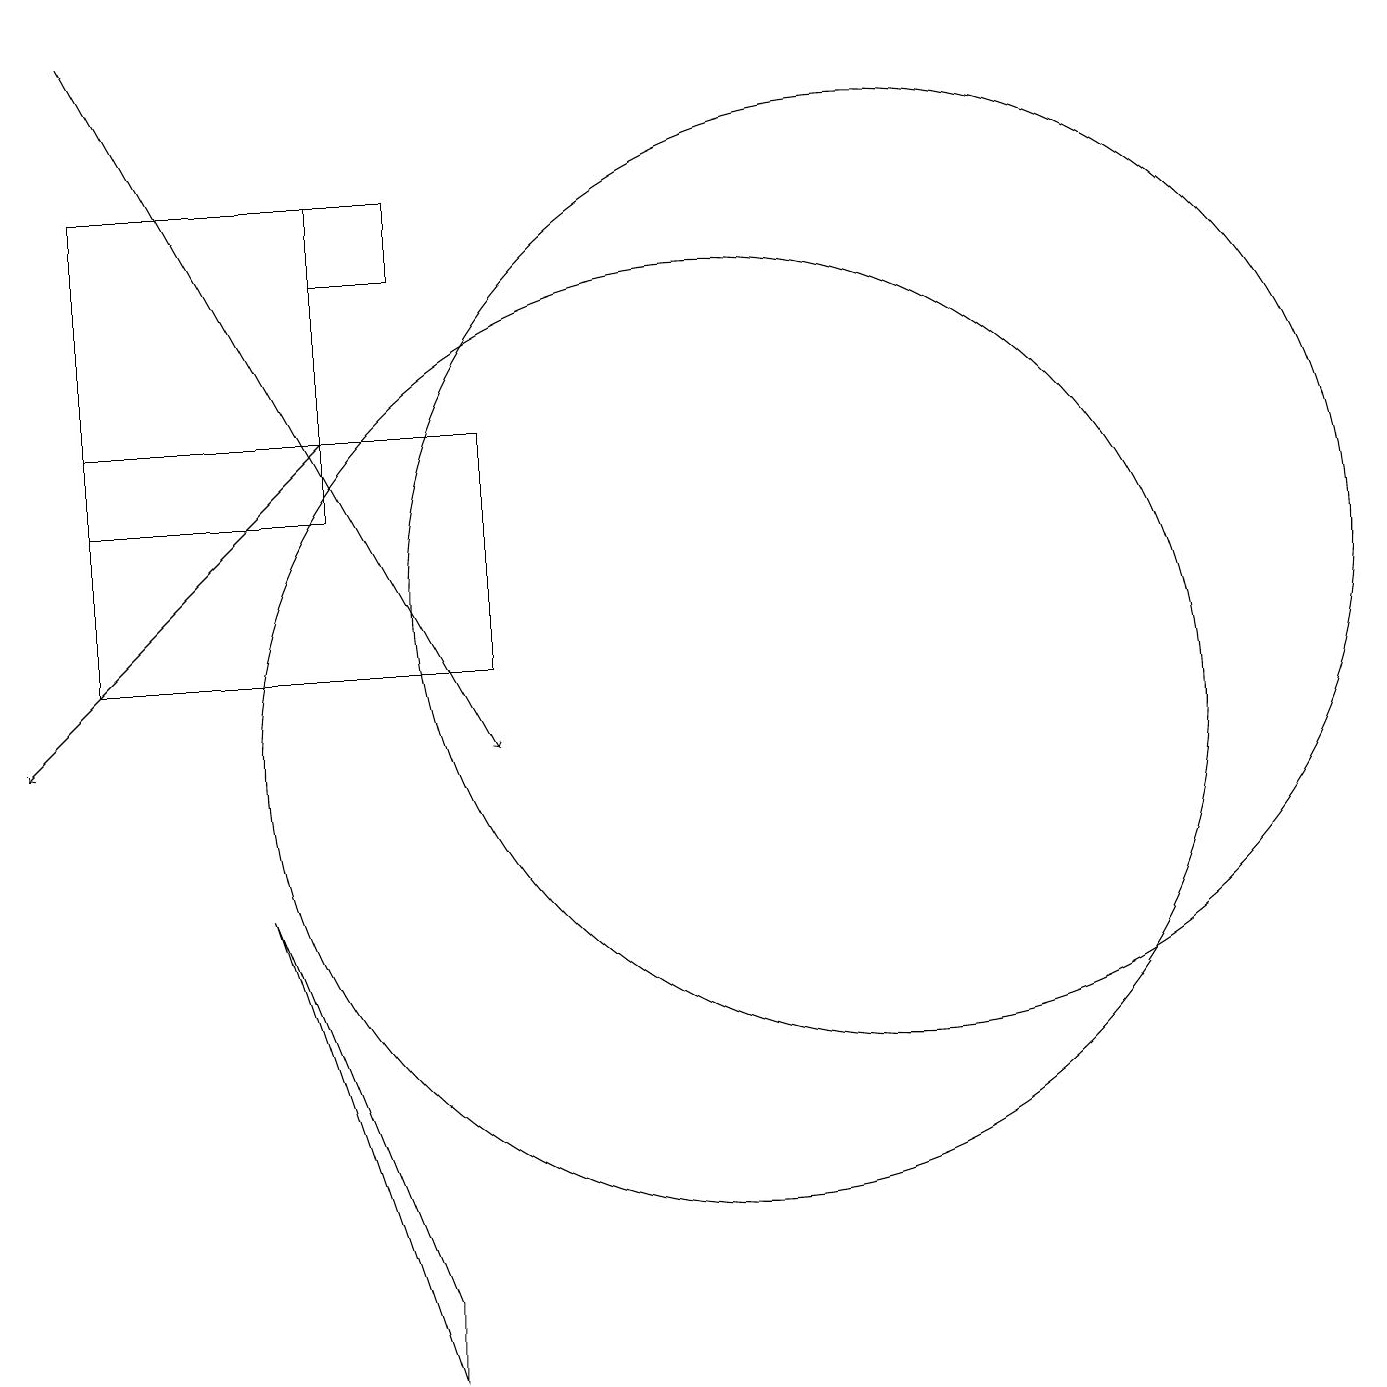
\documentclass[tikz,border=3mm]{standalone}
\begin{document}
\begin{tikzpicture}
\draw[->] (5,14) -- (1,10);
\draw[->] (2,19) -- (7,10);
\draw (12,12) circle (6);
\draw (6,2) -- (4,8) -- (6,3) -- cycle;
\draw (7,11) rectangle (2,14);
\draw (10,10) circle (6);
\draw (2,17) rectangle (5,13);
\draw (6,16) rectangle (5,17);
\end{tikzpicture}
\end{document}